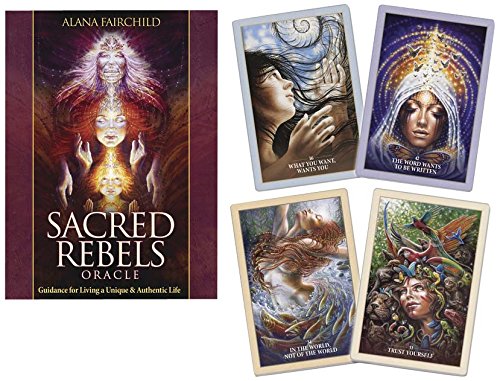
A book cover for Sacred Rebels Oracle: Guidance for Living a Unique & Authentic Life; Alana Fairchild; Religion & Spirituality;